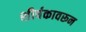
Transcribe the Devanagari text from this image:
शीर्षकावरून